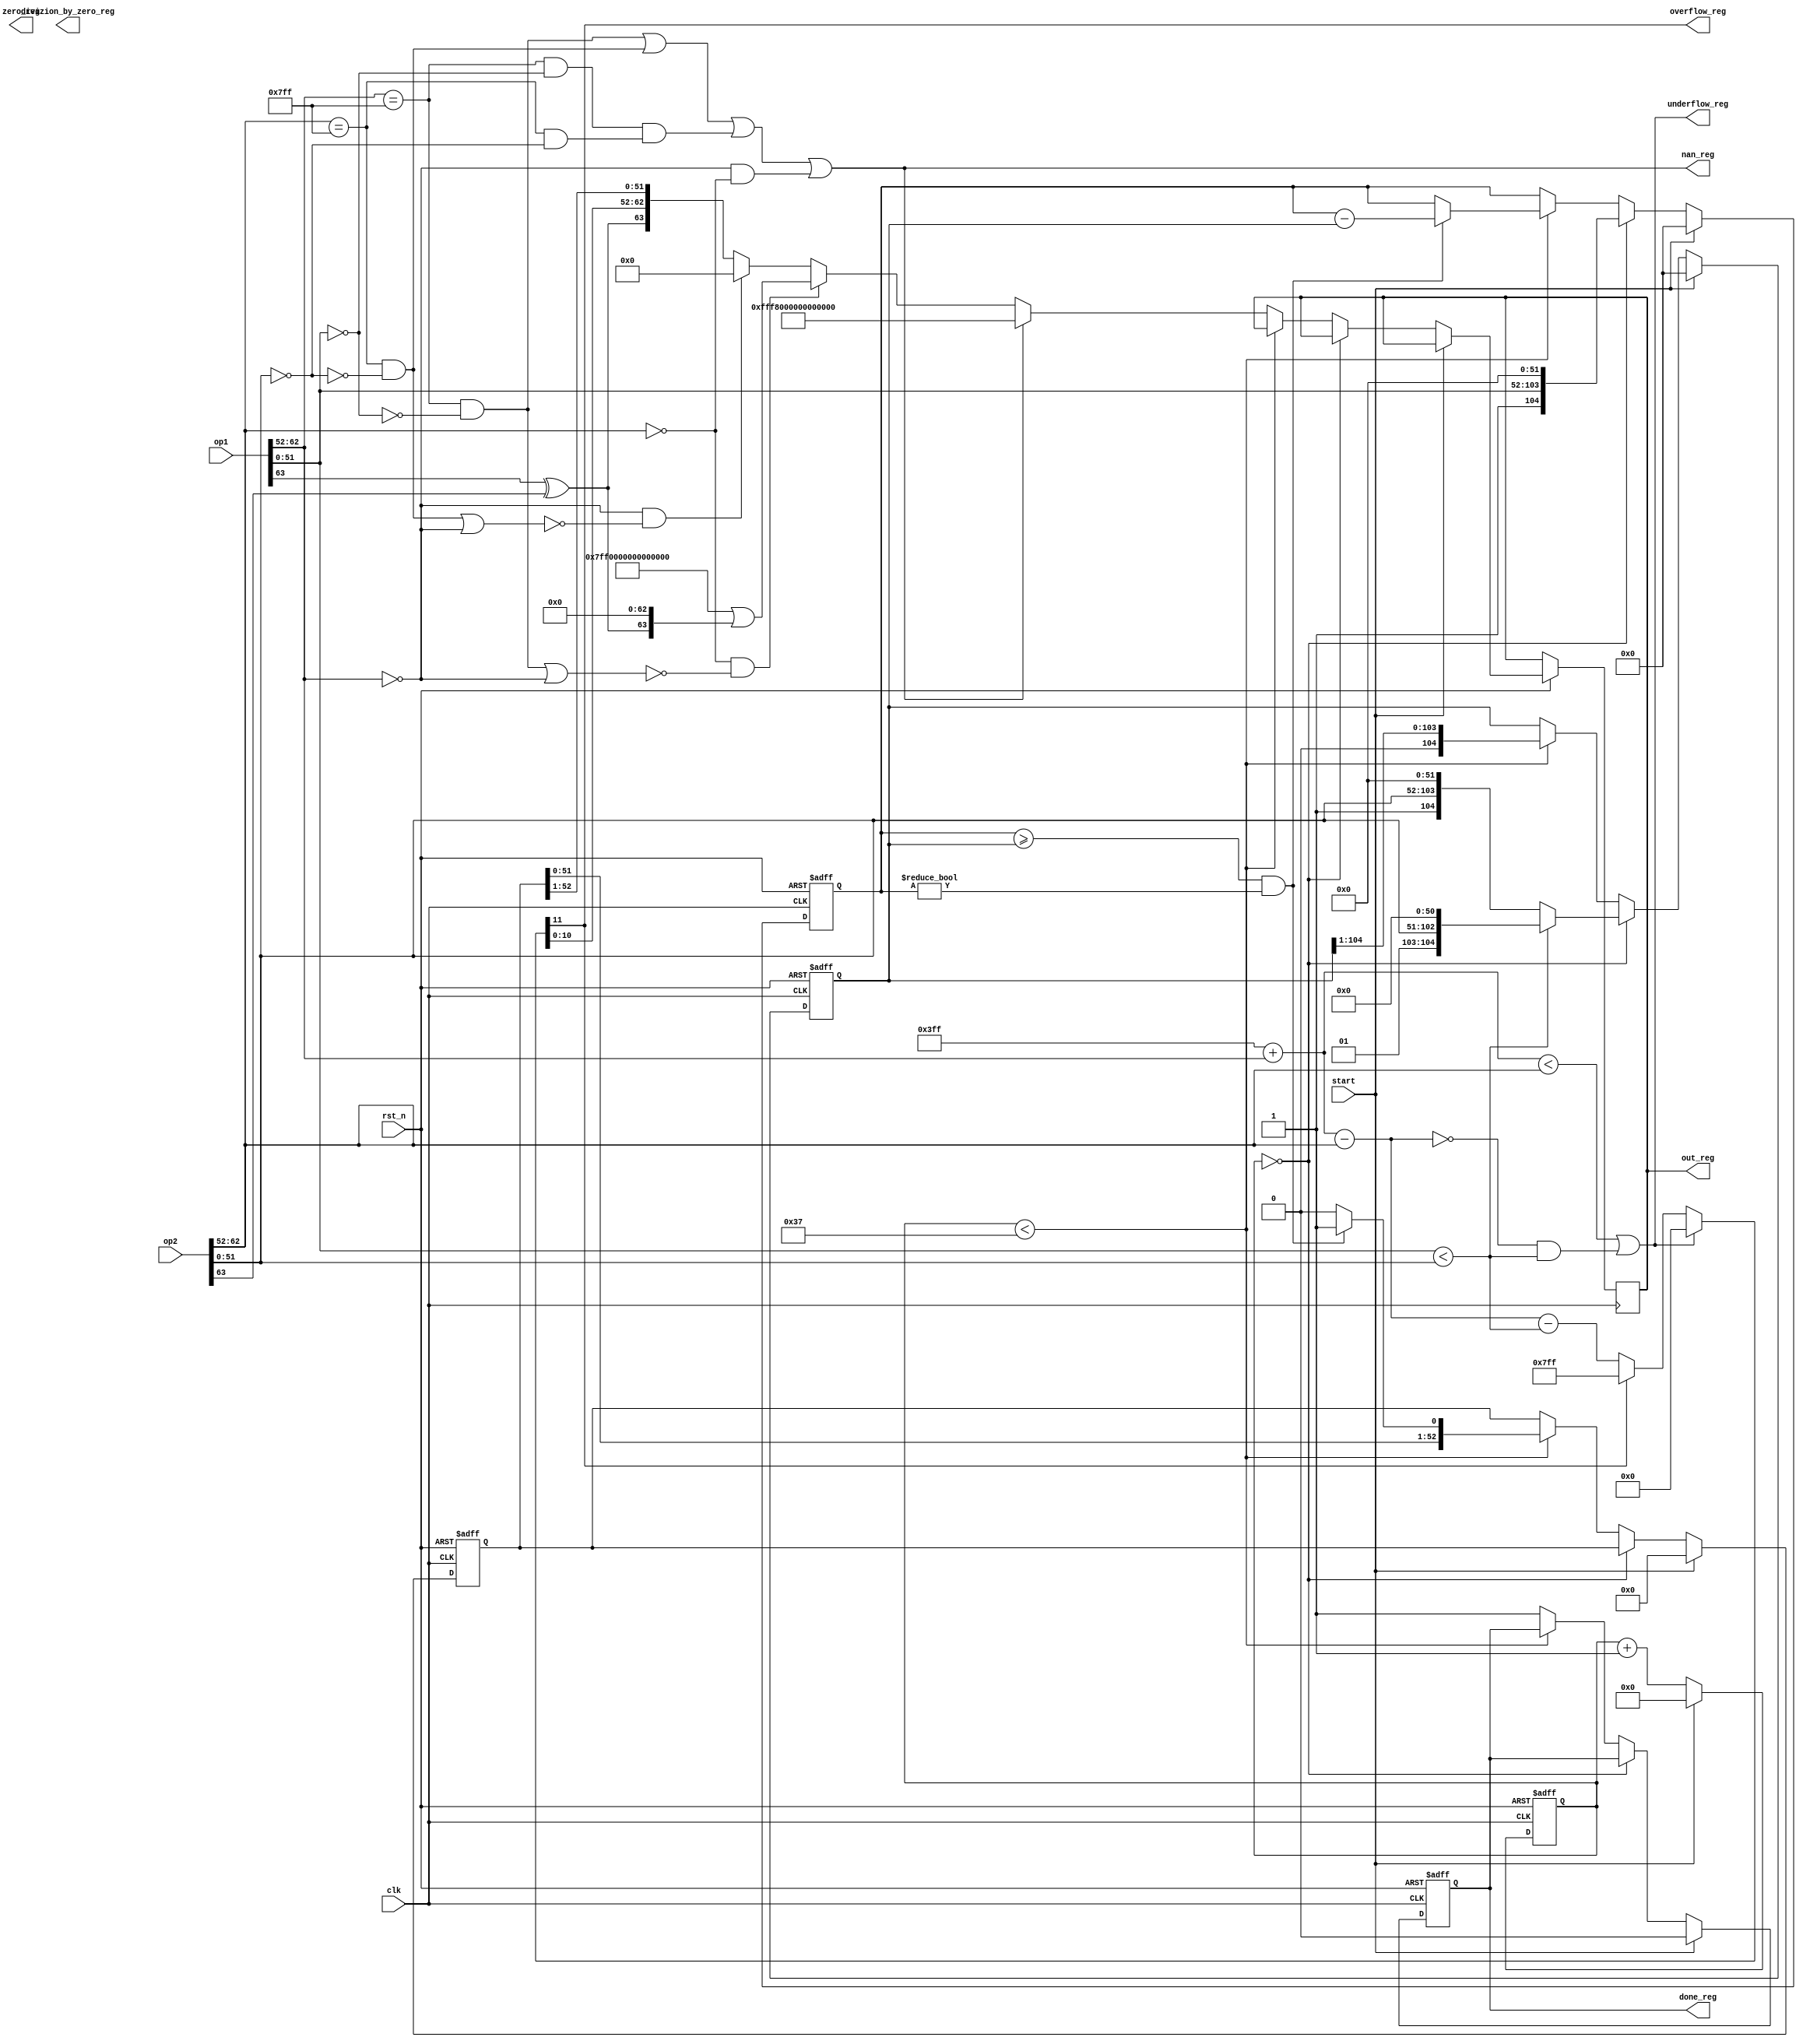
module div_float
  #(parameter
   FLOAT_WIDTH = 64
  )
  (
  input wire rst_n, clk, start,
  input wire [FLOAT_WIDTH - 1: 0] op1, op2,
  output reg [FLOAT_WIDTH - 1: 0] out_reg,
  output reg divizion_by_zero_reg,
  output reg nan_reg,
  output reg overflow_reg,
  output reg underflow_reg,
  output reg zero_reg,
  output reg done_reg
  );
  localparam EXP_WIDTH = (FLOAT_WIDTH == 64) ? 11: 8; 
  localparam FRACTION_WIDTH = (FLOAT_WIDTH == 64) ? 52: 23;
  localparam FULL_FRACTION_WIDTH = 2 * FRACTION_WIDTH + 1;
  localparam SIGN_BIT =  FLOAT_WIDTH - 1;
  localparam EXP_MSB = SIGN_BIT - 1;
  localparam EXP_LSB = EXP_MSB - EXP_WIDTH + 1;
  localparam EXP_SHIFT = (2 ** (EXP_WIDTH - 1)) - 1;
  localparam EXP_MAX = (2 ** (EXP_WIDTH)) - 1;
  localparam FRACTION_MSB = EXP_LSB - 1;
  localparam DIV_COUNTER_WIDTH = (FLOAT_WIDTH == 64) ? 7: 6;
  localparam NAN_VALUE = (FLOAT_WIDTH == 64) ? 64'hFFF8_0000_0000_0000: 32'hFFC0_0000;
  localparam INF_VALUE = (FLOAT_WIDTH == 64) ? 64'h7FF0_0000_0000_0000: 32'h7F80_0000;

  wire [FRACTION_MSB: 0] frac1 = op1[FRACTION_MSB: 0],
   frac2 = op2[FRACTION_MSB: 0];
  
  reg [FRACTION_WIDTH: 0] result_frac_reg;

  reg [FULL_FRACTION_WIDTH - 1: 0] op1frac_stage_reg, op2frac_stage_reg;
  wire op2_aligned = frac1 < frac2;
  // exponent calculation
  wire [EXP_WIDTH - 1: 0] exp1 = op1[EXP_MSB: EXP_LSB],
    exp2 = op2[EXP_MSB: EXP_LSB];

  wire [EXP_WIDTH: 0] result_exp_before_correction, temp_result;

  reg [EXP_WIDTH: 0] result_exp_reg;

  wire zero1 = exp1 == 0,
  exp1_max = exp1 == EXP_MAX,
  frac1_zero = frac1 == 0,
  inf1 = exp1_max & frac1_zero,
  nan1 = exp1_max & !frac1_zero,
  zero2 = exp2 == 0,
  exp2_max = exp2 == EXP_MAX,
  frac2_zero = frac2 == 0,
  inf2 = exp2_max & frac2_zero,
  nan2 = exp2_max & !frac2_zero,
  inf_out = zero2 & (!(nan1 | zero1)),
  zero_out = zero1 & (!(nan2 | zero1)),
  underflow_before_correction = (temp_result < exp2),
  zero_before_correction = result_exp_before_correction == 0;
  
  assign 
    temp_result = EXP_SHIFT + exp1,
    result_exp_before_correction = temp_result - exp2;

  always@*
  begin
    if(underflow_reg) begin
      result_exp_reg = 0;
    end
    else if (overflow_reg) begin
      result_exp_reg = EXP_MAX;
    end
    else 
    begin
      result_exp_reg = result_exp_before_correction - op2_aligned;
    end
  end
  //--------------------
  // fractional calculation
  reg [DIV_COUNTER_WIDTH   - 1: 0] div_counter_reg;
  wire sign1 = op1[SIGN_BIT],
  sign2 = op2[SIGN_BIT],
  result_sign = sign1 ^ sign2;
  
  always@*
  begin
    overflow_reg = result_exp_reg[EXP_WIDTH];
    underflow_reg = underflow_before_correction || (zero_before_correction && op2_aligned); 
    nan_reg = nan1 | nan2 | (inf1 & inf2) | (zero1 & zero2);
  end
  
  always@(negedge rst_n, posedge clk)
  begin
    if(!rst_n)
    begin
      op1frac_stage_reg <= 0;
      op2frac_stage_reg <= 0;
      div_counter_reg <= 0;
      result_frac_reg <= 0;
      done_reg <= 0;
    end
    else
    begin
      if(start)
      begin
        op1frac_stage_reg <= 0;
        op2frac_stage_reg <= 0;
        div_counter_reg <= 0;
        result_frac_reg <= 0;
        done_reg <= 0;
      end
      else 
      begin
        if(div_counter_reg == 0)
        begin
          op1frac_stage_reg <= {1'b1, frac1, {FRACTION_WIDTH {1'b0}}};
          op2frac_stage_reg <= (op2_aligned)? {2'b01, frac2[FRACTION_MSB: 0], {FRACTION_WIDTH - 1 {1'b0}}}: {1'b1, frac2, {FRACTION_WIDTH {1'b0}}};
        end
        else
        begin
		  if(div_counter_reg < FRACTION_WIDTH + 3)
          begin
            if(op1frac_stage_reg >= op2frac_stage_reg && op1frac_stage_reg != 0)
            begin
              op1frac_stage_reg <= op1frac_stage_reg - op2frac_stage_reg;
              result_frac_reg <= {result_frac_reg[FRACTION_WIDTH - 1: 0], 1'b1};
            end
            else
            begin
              result_frac_reg <= {result_frac_reg[FRACTION_WIDTH - 1: 0], 1'b0};
            end
            op2frac_stage_reg <= op2frac_stage_reg >> 1;
          end  
          else
          begin
            if(nan_reg)
            begin
              out_reg <= NAN_VALUE;
            end
            else if(inf_out)
              begin
                out_reg <= INF_VALUE | (result_sign << SIGN_BIT);            
              end
              else if(zero_out)
                begin
                  out_reg <= 0;
                end
                else
                begin
				  out_reg <= {result_sign, result_exp_reg[EXP_WIDTH - 1: 0], result_frac_reg[FRACTION_WIDTH: 1]};
                end
            div_counter_reg <= 0;
            done_reg <= 1;
          end
        end  
        div_counter_reg <= div_counter_reg + 1'b1;  
      end
    end
  end
endmodule